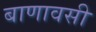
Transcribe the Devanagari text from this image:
बाणावसी